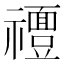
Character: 𱵴